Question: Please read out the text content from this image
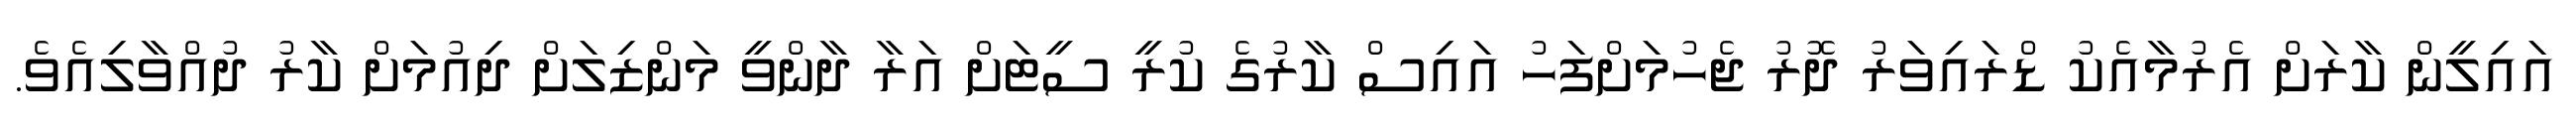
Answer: އައިލީން ކާރަށް އެރުމާއެކު ޑްރައިވަރު ދޮރު ޖެހުމަށްފަހު އައިސް ކާރުގެ ކުރީ ސީޓަށް އަރާ ދާންވީ މަންޒިލަށް ދިއުމަށް ކާރު ދުއްވާލިއެވެ.